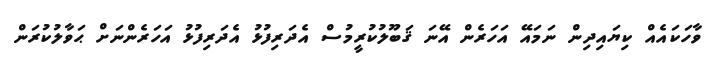
ވާހަކައެއް ކިޔައިދިން ނަމައޭ އަހަރެން އޭނަ ޤަބޫލުކުރީމުސް އެދަރިފުޅު އެދަރިފުޅު އަހަރެންނަށް ޙަވާލުކުރަން